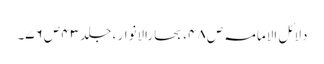
دلائل الامامہ ص ۴۸، بحارالانوار ، جلد ۴۳ ص ۷۶۔